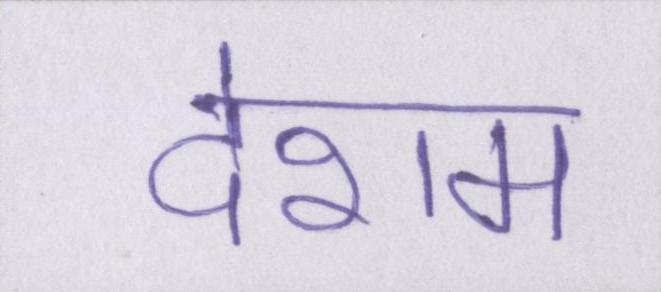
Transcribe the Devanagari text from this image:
देशम